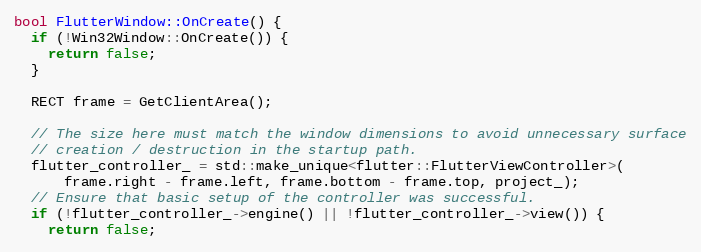
Language: C++
bool FlutterWindow::OnCreate() {
  if (!Win32Window::OnCreate()) {
    return false;
  }

  RECT frame = GetClientArea();

  // The size here must match the window dimensions to avoid unnecessary surface
  // creation / destruction in the startup path.
  flutter_controller_ = std::make_unique<flutter::FlutterViewController>(
      frame.right - frame.left, frame.bottom - frame.top, project_);
  // Ensure that basic setup of the controller was successful.
  if (!flutter_controller_->engine() || !flutter_controller_->view()) {
    return false;